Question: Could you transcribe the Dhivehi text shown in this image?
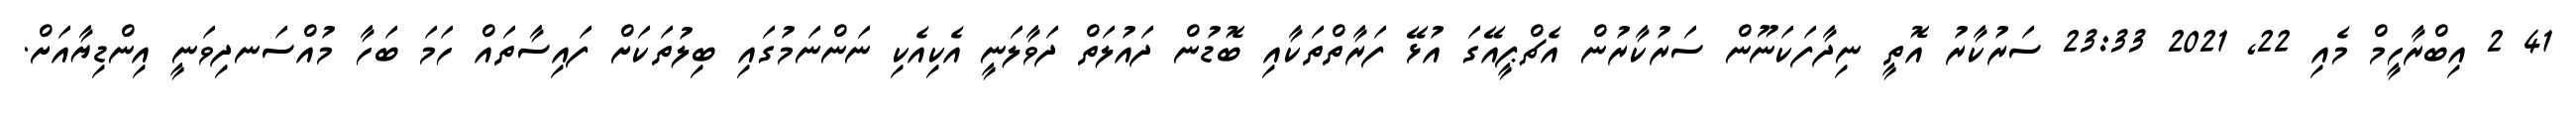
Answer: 41 2 އިބްރާހީމް މެއި 22, 2021 23:33 ސަރުކާރު އޮތީ ނިދާފަކަނޫން ސަރުކާރުން އެޗްޕީއޭގަ އުޅޭ ފަރާތްތަކާއި ބޮޑުން ދައުލަތް ދަވާލަނީ އެކިއެކި ނަންނަމުގައި ބިލުތަކަށް ފައިސާތައް ހަމަ ބަހާ މުއްސަނދިވަނީ އިންޑިޔާއަށް.